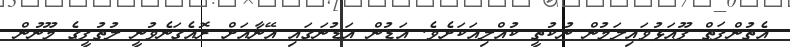
އެތުންފަތް ފޫއަޅުވައިލަމުން ނުކުތީ ކުއްލިއަކަށެވެ. އަޑުން އަޑުނަގައި އޭނާއަށް ރޮއެގަނެވުނީ ލުތުފީގެ މޫނުން